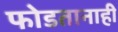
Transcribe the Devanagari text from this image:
फोडतानाही